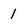
Character: 1